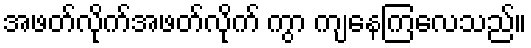
အဖတ်လိုက်အဖတ်လိုက် ကွာ ကျနေကြလေသည်။